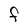
Character: F